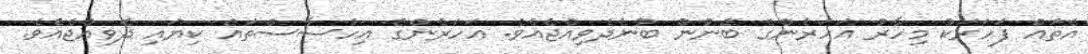
އެތައް ފަހަރަކު މިހާރު އަހަރެންގެ ބޭނުން ބުނެދެވިއްޖެއެވެ. އަހަރެންގެ އިހުސާސްތައް ކިޔައި ދެވިއްޖެއެވެ.